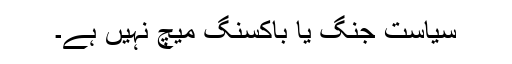
سیاست جنگ یا باکسنگ میچ نہیں ہے۔